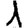
Digit: 1